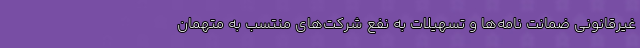
غیرقانونی ضمانت نامه‌ها و تسهیلات به نفع شرکت‌های منتسب به متهمان